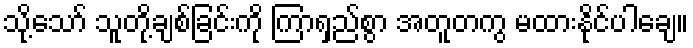
သို့သော် သူတို့ချစ်ခြင်းကို ကြာရှည်စွာ အတူတကွ မထားနိုင်ပါချေ။